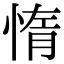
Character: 惰